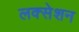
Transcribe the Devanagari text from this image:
लक्सेशन